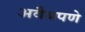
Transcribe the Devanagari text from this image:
अवैधपणे